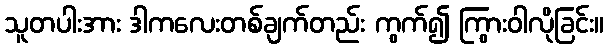
သူတပါးအား ဒါကလေးတစ်ချက်တည်း ကွက်၍ ကြွားဝါလိုခြင်း။